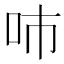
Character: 𠰼